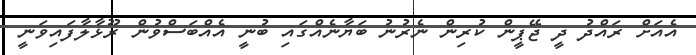
އެއަށް ރައްދު ދީ ޖޭޕީން ކުރިން ނެރުނު ބަޔާނެއްގައި ބުނީ އެއްބަސްވުން ރޫޅާލާފައިވަނީ